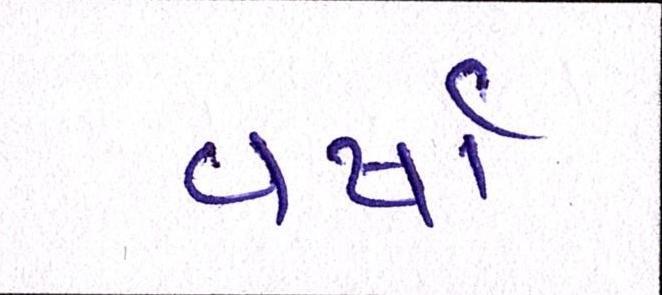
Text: વર્ષા